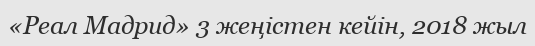
«Реал Мадрид» 3 жеңістен кейін, 2018 жыл